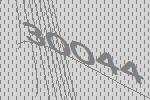
30044